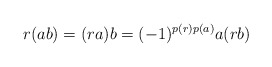
\begin{align*}r(ab)=(ra)b=(-1)^{p(r)p(a)}a(rb)\end{align*}